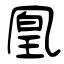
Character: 凰